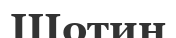
Шотин